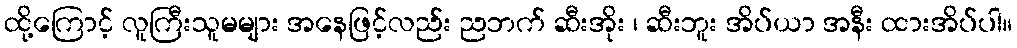
ထို့ကြောင့် လူကြီးသူမများ အနေဖြင့်လည်း ညဘက် ဆီးအိုး ၊ ဆီးဘူး အိပ်ယာ အနီး ထားအိပ်ပါ။